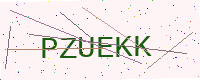
Text: PZUEKK